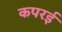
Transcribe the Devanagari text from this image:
कपरई